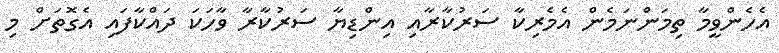
އެހެންވީމާ ތިމަންނަމެން އެމެރިކާ ސަރުކާރާއި އިންޑިޔާ ސަރުކާރާ ވާހަކަ ދައްކާފައި އެގޮތަށް މި